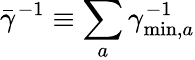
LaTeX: {\bar{\gamma}}^{-1}\equiv\sum_{a}\gamma_{\mathrm{min},a}^{-1}